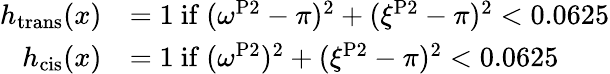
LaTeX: \begin{array}{rl}{h_{\mathrm{trans}}(x)}&{=1\ \mathrm{if}\ (\omega^{\mathrm{P2}}-\pi)^{2}+(\xi^{\mathrm{P2}}-\pi)^{2}<0.0625}\\ {h_{\mathrm{cis}}(x)}&{=1\ \mathrm{if}\ (\omega^{\mathrm{P2}})^{2}+(\xi^{\mathrm{P2}}-\pi)^{2}<0.0625}\end{array}